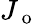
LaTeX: J_{\mathrm{~o~}}